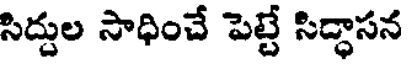
సిద్దుల సాధించే పెట్టే సిద్ధాసన